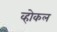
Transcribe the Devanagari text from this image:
व्होकल